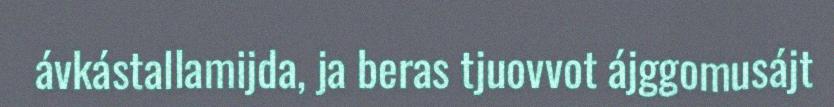
ávkástallamijda, ja beras tjuovvot ájggomusájt